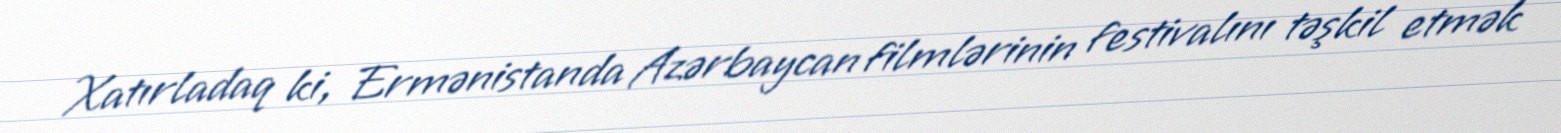
Xatırladaq ki, Ermənistanda Azərbaycan filmlərinin festivalını təşkil etmək